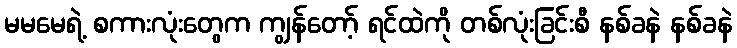
မမမေရဲ့ စကားလုံးတွေက ကျွန်တော့် ရင်ထဲကို တစ်လုံးခြင်းစီ နစ်ခနဲ နစ်ခနဲ